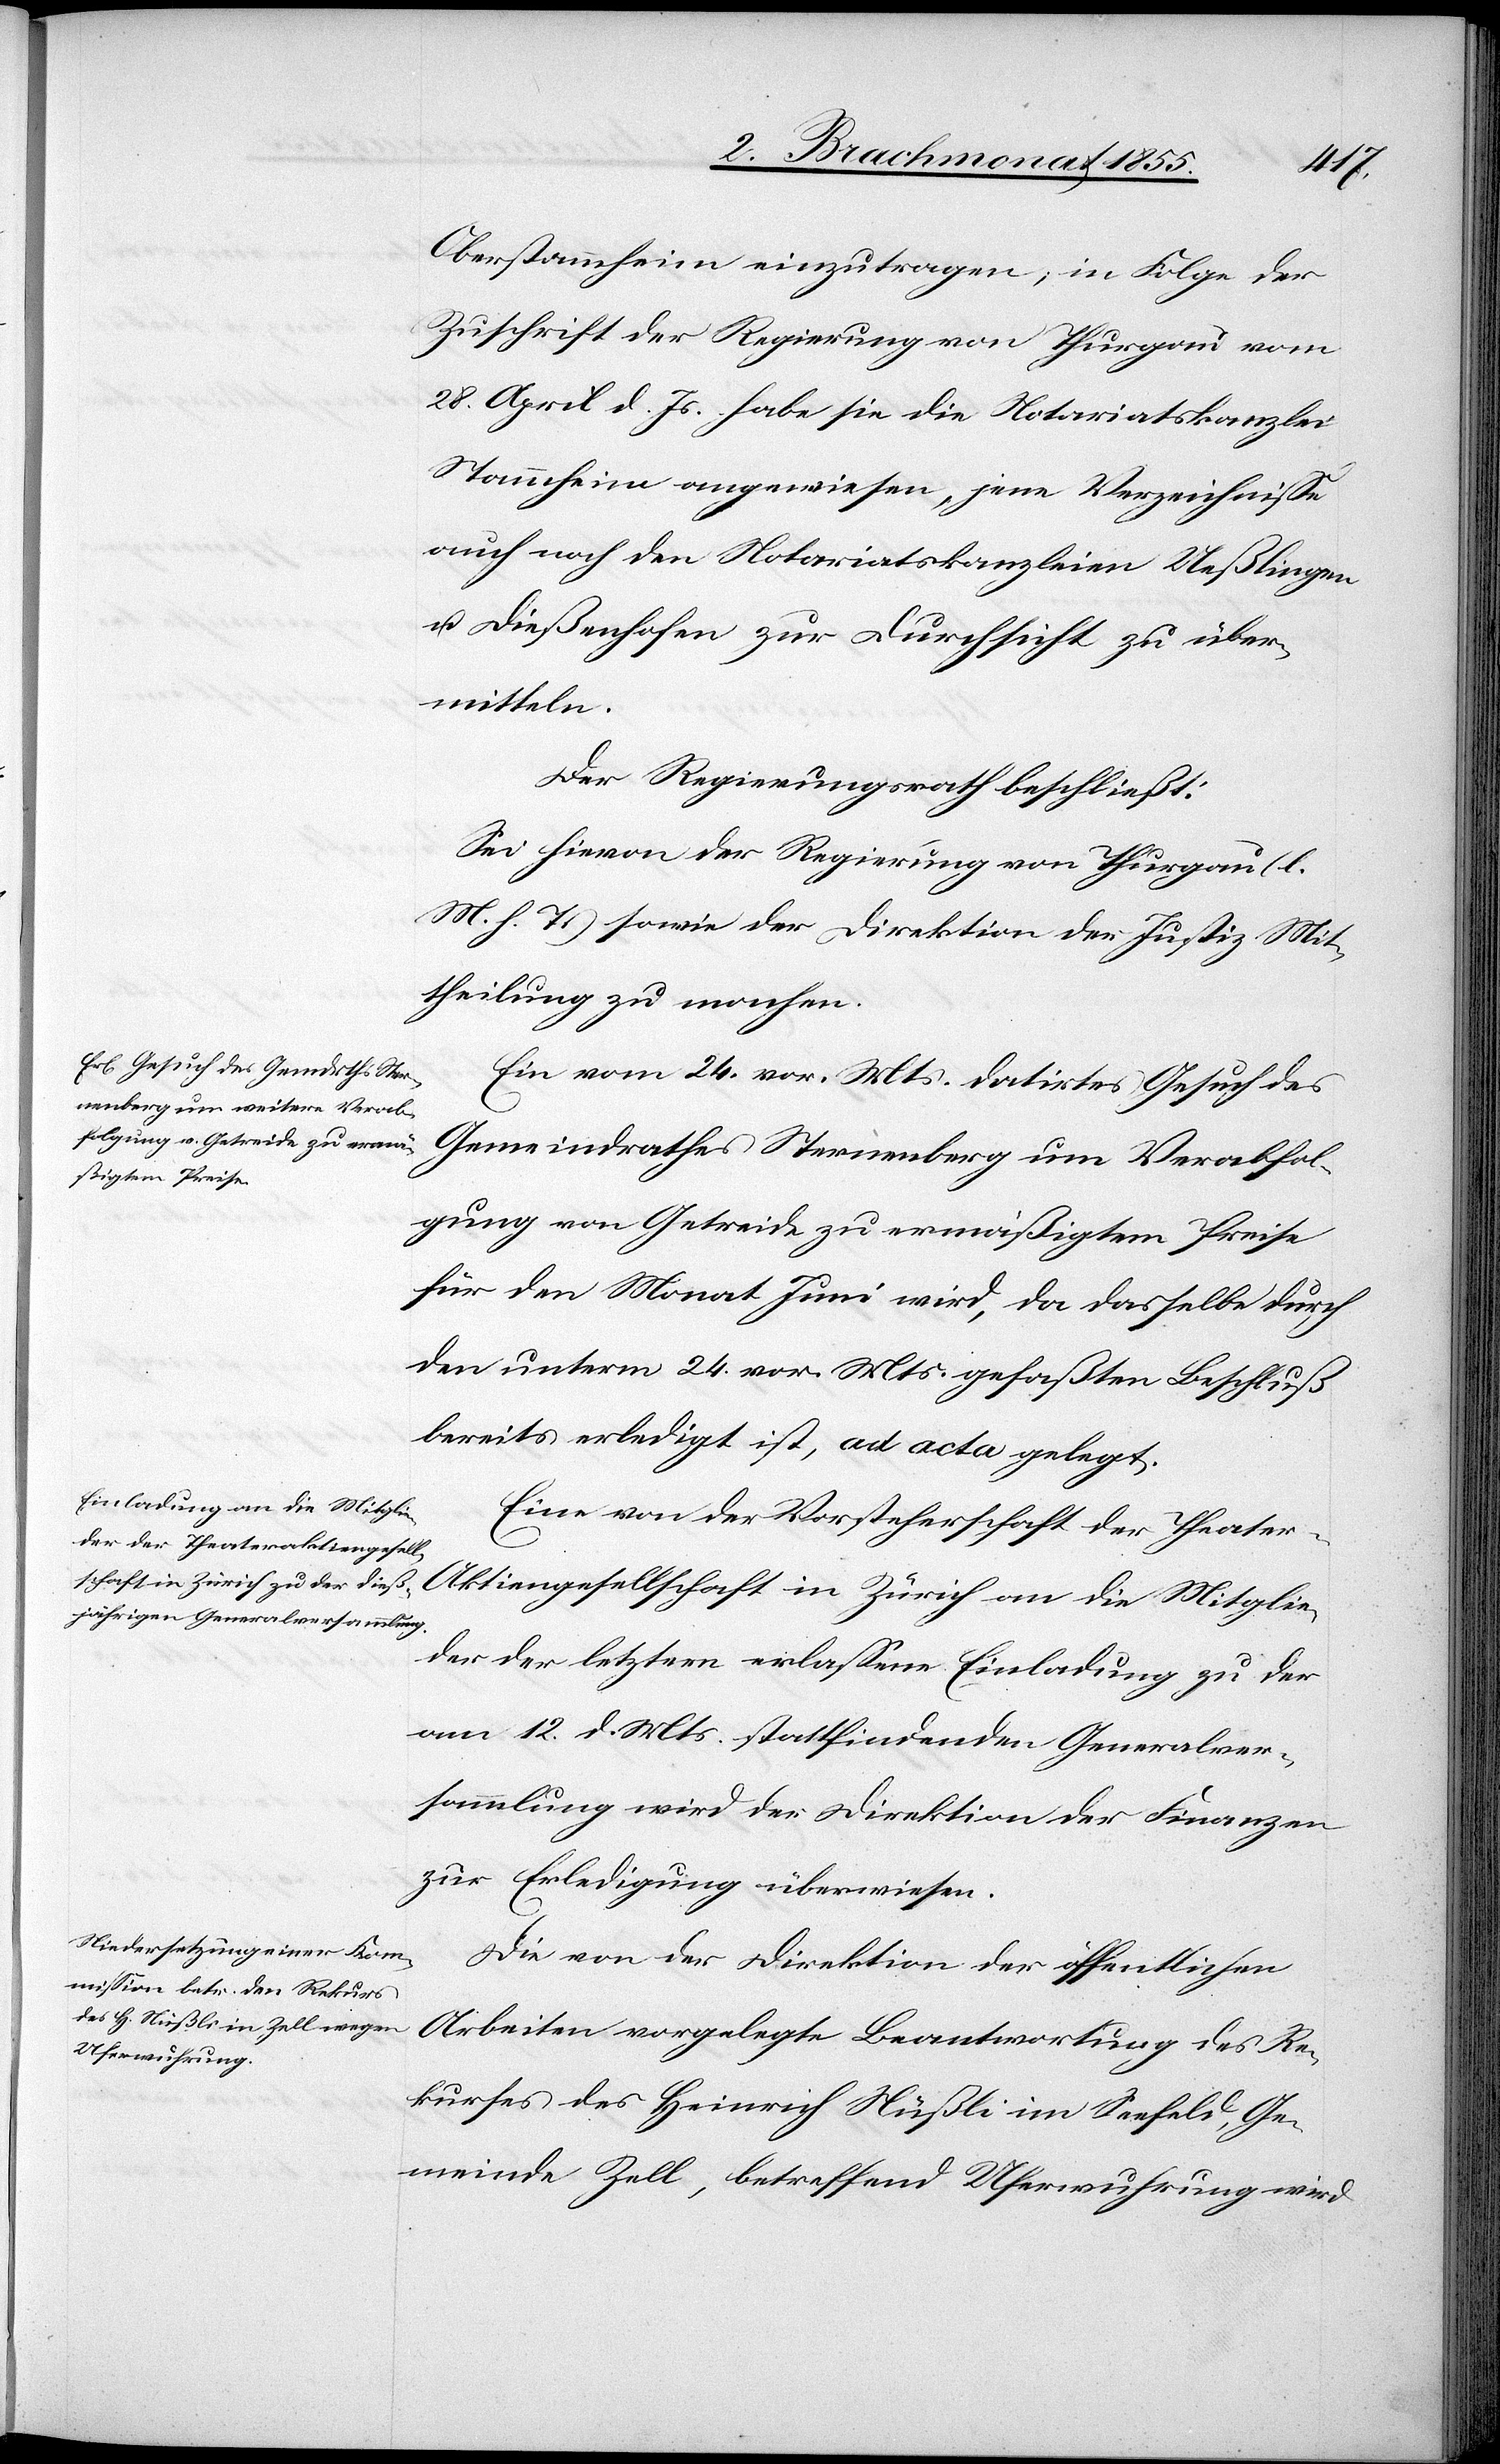
Oberstammheim einzutragen; in Folge der
Zuschrift der Regierung von Thurgau vom
28. April d. Js. habe sie die Notariatskanzlei
Stammheim angewiesen, jene Verzeichnisse
auch noch den Notariatskanzleien Ueßlingen
u. Dießenhofen zur Durchsicht zu über¬
mitteln.
Der Regierungsrath beschließt:
Sei hievon der Regierung von Thurgau (l.
M. h. T.) sowie der Direktion der Justiz Mit¬
theilung zu machen.
Ein vom 24. vor. Mts. datirtes Gesuch des
Gemeindrathes Sternenberg um Verabfol¬
gung von Getreide zu ermäßigtem Preise
für den Monat Juni wird, da dasselbe durch
den unterm 24. vor. Mts. gefaßten Beschluß
bereits erledigt ist, ad acta gelegt.
Eine von der Vorsteherschaft der Theate¬
r-Aktiengesellschaft in Zürich an die Mitglie¬
der der letztern erlassene Einladung zu der
am 12. d. Mts. stattfindenden Generalver¬
sammlung wird der Direktion der Finanzen
zur Erledigung überwiesen.
Die von der Direktion der öffentlichen
Arbeiten vorgelegte Beantwortung des Re¬
kurses des Heinrich Nüßli im Seefeld, Ge¬
meinde Zell, betreffend Uferwuhrung wird